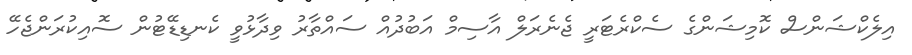
އިލެކްޝަންސް ކޮމިޝަންގެ ސެކްރެޓަރީ ޖެނެރަލް އާސިމް އަބުދުއް ސައްތާރު ވިދާޅުވީ ކެނޑިޑޭޓުން ސޮއިކުރަންޖެހޭ